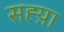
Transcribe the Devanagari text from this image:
सह्य़ा